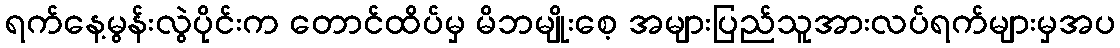
ရက်နေ့မွန်းလွဲပိုင်းက တောင်ထိပ်မှ မိဘမျိုးစေ့ အများပြည်သူအားလပ်ရက်များမှအပ